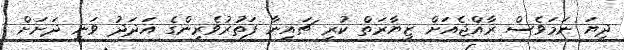
ދިޔަ ނަމަވެސް ރާއްޖެއަށް ޒިޔާރަތް ކުރި ޗައިނާ ފަތުރުވެރިންގެ އަދަދު ވަނީ ދަށަށް